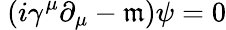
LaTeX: \ (i\gamma^{\mu}\partial_{\mu}-\mathfrak{m})\psi=0